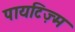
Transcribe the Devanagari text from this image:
पायटिज़्म